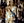
كل